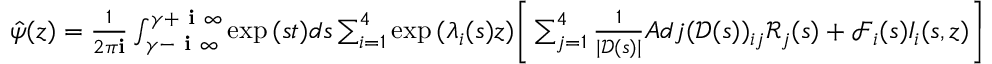
\begin{array} { r } { \hat { \psi } ( z ) = \frac { 1 } { 2 \pi \mathbf { i } } \int _ { \gamma - \textbf { i } \infty } ^ { \gamma + \textbf { i } \infty } \exp { ( s t ) } d s \sum _ { i = 1 } ^ { 4 } \exp { ( \lambda _ { i } ( s ) z ) } \Bigg [ \sum _ { j = 1 } ^ { 4 } \frac { 1 } { | \mathscr { D } ( s ) | } A d j ( \mathscr { D } ( s ) ) _ { i j } \mathscr { R } _ { j } ( s ) + \mathscr { F } _ { i } ( s ) I _ { i } ( s , z ) \Bigg ] } \end{array}